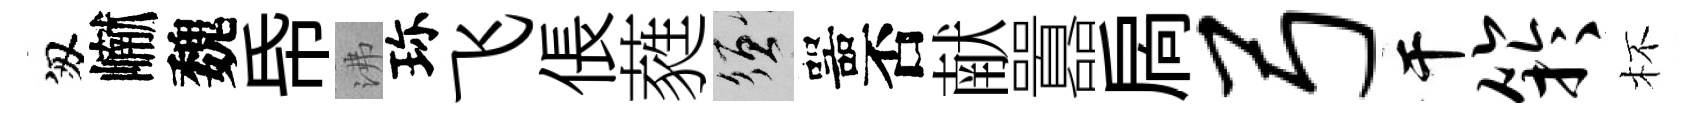
匆𪩘魏帋沸珎飞倀蕤須噐否献囂扄弓干竽杯